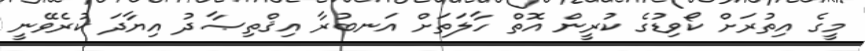
މީގެ އިތުރަށް ކޯވިޑުގެ ކުރީން އޮތް ހާލަތަށް އަނބުރާ އިޤްތިޞާދު އިޔާދަ ކުރެވޭނީ